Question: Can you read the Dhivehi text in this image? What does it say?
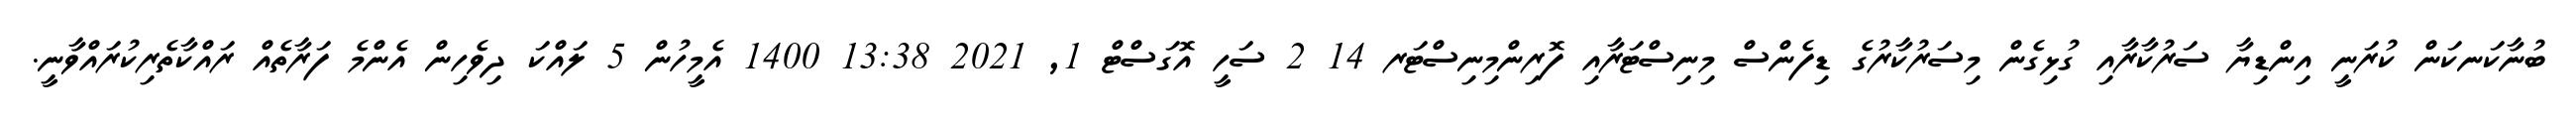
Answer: ބުނާކަނކަން ކުރަނީ އިންޑިޔާ ސަރުކާރާއި ގުޅިގެން މިސަރުކާރުގެ ޑިފެންސް މިނިސްޓަރާއި ފޮރިންމިނިސްޓަރ 14 2 ސަހީ އޮގަސްޓް 1, 2021 13:38 1400 އެމީހުން 5 ލައްކަ ދިވެހިން އެންމެ ފަރާތެއް ރައްކާތެރިކުރައްވާނީ.